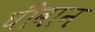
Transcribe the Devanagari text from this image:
घीवान